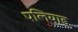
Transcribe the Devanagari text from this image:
पलियाड